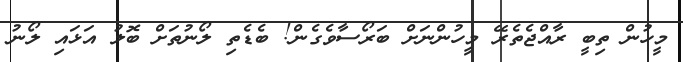
މީހުން ތިބީ ރާއްޖެތެރޭ މީހުންނަށް ބަރޯސާވެގެން! ބެޑެތި ލޯނުތަށް ބޮލު އަޅައި ލޯނު